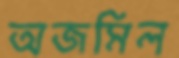
অজমিল